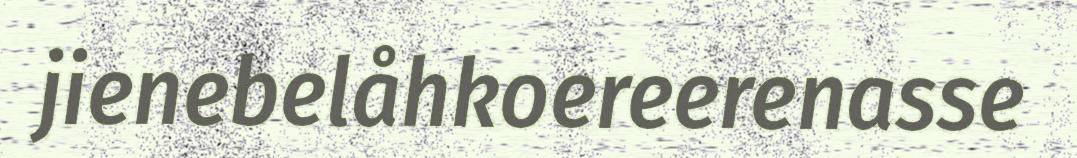
jienebelåhkoereerenasse